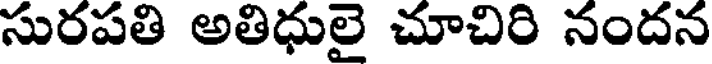
సురపతి అతిధులై చూచిరి నందన